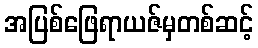
အပြစ်ဖြေရာယဇ်မှတစ်ဆင့်